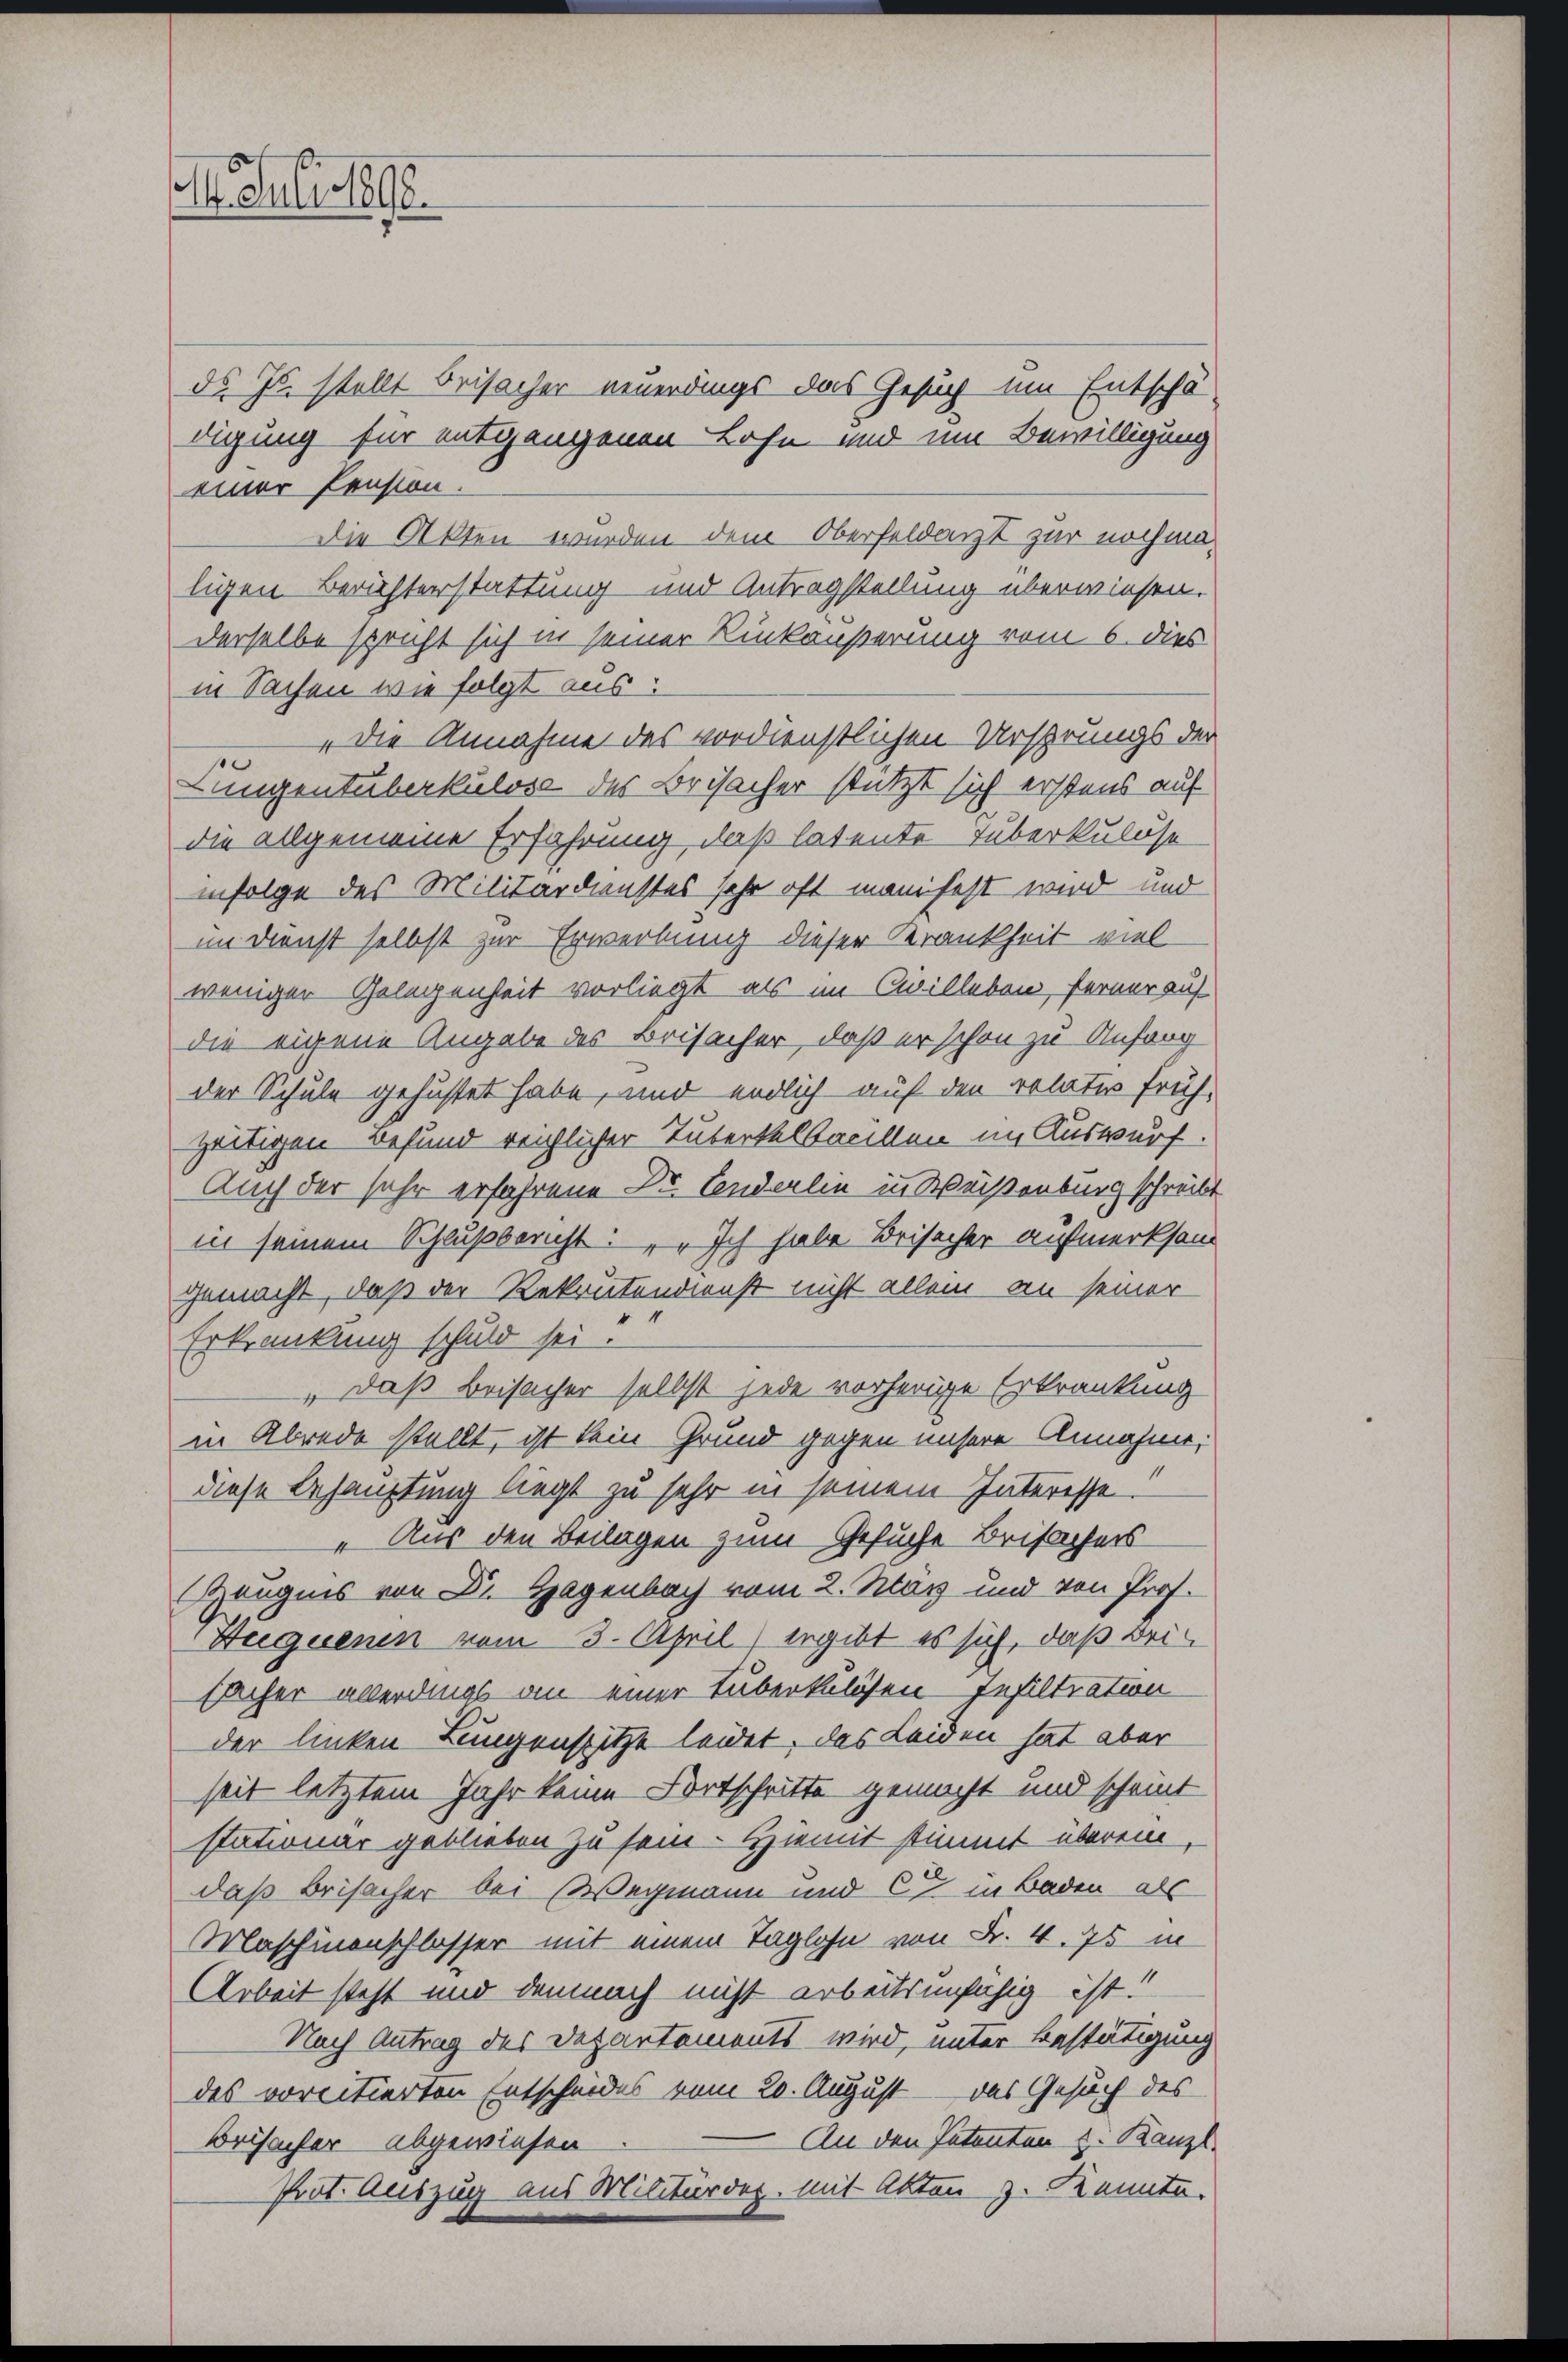
11. Juli 1890.

ds Js. stellt Beisacher neuerdings das Gesuch um Entschä-
digung für entgangenen Lohn und um Bewilligung
einer Pension.
Die Akten wurden dem Oberfeldarzt zur nochmaligen Berichterstattung und Antragstellung überwiesen.
derselbe spricht sich in seiner Rückäußerung vom 6. dies
in Sachen wie folgt aus:
„die Annahme des verdienstlichen Ursprungs der
Lungentuberkulose des Beisacher stützt sich erstens auf
die allgemeine Erfahrung, daß latente Tuberkuluse
infolge des Militärdienstes sehr oft manifest wird und
im Dienst selbst zur Erwerbung dieser Krankheit viel
weniger Gelegenheit vorliegt als im Civilleben, ferner auf
die eigene Angabe des Beisacher, daß er schon zu Anforg
der Schule gehüstet habe, und endlich auf den relativ früh,
zeitigen Befund reichlicher Tubertelbaullen im Auswurf.
Auch der sehr erfahrene Dr. Conderlin in Weisenburg schreibt
in seinem Schlußbericht: „Ich habe Beisacher aufmerksam
gemacht, daß der Rekrutendienst nicht allein an seiner
Erkrankung schuld sei.
" daß Beisacher selbst jede vorherige Erkrankung
in Abrede stellt, ist kein Grund gegen unsere Annahme:
diese Behauptung liegt zu sehr in seinem Interesse.
" Aus den Beilagen zum Gesuche Brisachers
Zeugnis von Dr. Hagenbach vom 2. März und von Prof.
Bequenen vom 3. April) ergibt es sich, daß beifacher überdings an einer Tuberkulösen Infiltration
der linken Lungenspitze leidet, das Leiden hat aber
seit letztem Jahr keine Fortschritte gemacht und scheint
stationär geblieben zu sein. Hiemit stimmt überein
daß Beisacher bei Wegmann und 67 in Baden, als
Maschinenschlasser mit einem Taglohn von Fr. 4. 75 in
Arbeit steht und demnach nicht arbeitsunfähig ist!
Nach Antrag des Departements wird, unter Bestätigung
des vorcitierten Entscheides vom 20. August das Gesuch des
An den Patenten u. Kanzl
Beisacher abgewiesen
Prot. Auszug aus Militärdep. mit Akten z. Kannte.